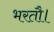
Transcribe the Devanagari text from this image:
भरतौ।